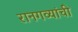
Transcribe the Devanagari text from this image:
रानगव्यांची